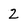
Character: 2